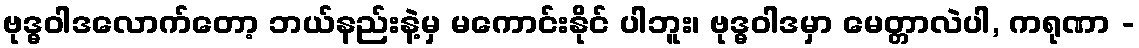
ဗုဒ္ဓဝါဒလောက်တော့ ဘယ်နည်းနဲ့မှ မကောင်းနိုင် ပါဘူး၊ ဗုဒ္ဓဝါဒမှာ မေတ္တာလဲပါ, ကရုဏာ -